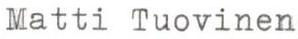
Matti Tuovinen